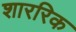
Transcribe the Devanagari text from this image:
शाररिक